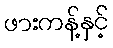
ဖားကန့်နှင့်